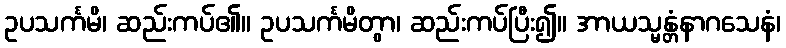
ဥပသင်္ကမိ၊ ဆည်းကပ်၏။ ဥပသင်္ကမိတွာ၊ ဆည်းကပ်ပြီး၍။ အာယသ္မန္တံနာဂသေနံ၊